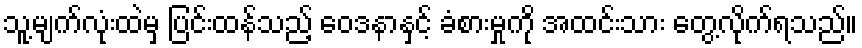
သူ့မျက်လုံးထဲမှ ပြင်းထန်သည့် ဝေဒနာနှင့် ခံစားမှုကို အထင်းသား တွေ့လိုက်ရသည်။